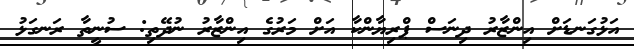
އަޅުގަނޑަށް އިންޒާރު ދިނަސް ޕްރިޔާންކާ އަށް މަރުގެ އިންޒާރު ނުދޭތި: ސުނީތާ ރަނގަޅު